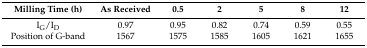
| Milling Time (h) | As Received | 0.5 | 2 | 5 | 8 | 12 |
 | --- | --- | --- | --- | --- | --- | --- |
 | IG/ID | 0.97 | 0.95 | 0.82 | 0.74 | 0.59 | 0.55 |
 | Position of G-band | 1567 | 1575 | 1585 | 1605 | 1621 | 1655 |